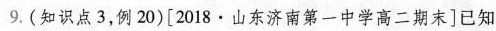
9.(知识点3，例20)[2018·山东济南第一中学高二期末]已知